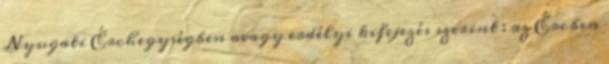
Nyugati Érchegységben avagy erdélyi kifejezés szerint : az Ércben